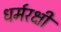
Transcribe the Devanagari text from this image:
धर्मरक्षी